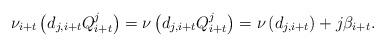
LaTeX: \begin{align*}\nu_{i+t}\left(d_{j,i+t}Q_{i+t}^j\right)=\nu\left(d_{j,i+t}Q_{i+t}^j\right)=\nu\left(d_{j,i+t}\right)+j\beta_{i+t}.\end{align*}